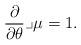
LaTeX: \begin{align*}\frac{\partial}{\partial \theta} \lrcorner \mu = 1.\end{align*}